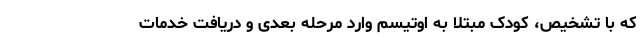
که با تشخیص، کودک مبتلا به اوتیسم وارد مرحله بعدی و دریافت خدمات